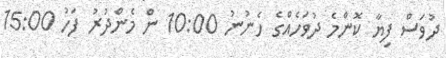
ދުވަސް ފިޔާ ކޮންމެ ދުވަހެއްގެ ހެނުނު 10:00 ން މެންދުރު ފަހު 15:00